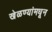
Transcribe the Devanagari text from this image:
खेळण्यांमधून